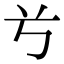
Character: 𠔃